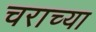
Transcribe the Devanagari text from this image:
चराच्या